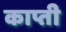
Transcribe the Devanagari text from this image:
काप्ती